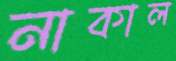
নাকাল